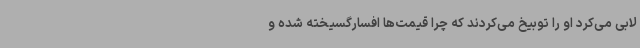
لابی می‌کرد او را توبیخ می‌کردند که چرا قیمت‌ها افسارگسیخته شده و